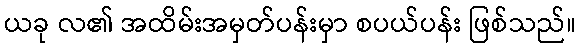
ယခု လ၏ အထိမ်းအမှတ်ပန်းမှာ စပယ်ပန်း ဖြစ်သည်။